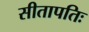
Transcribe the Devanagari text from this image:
सीतापतिः